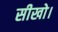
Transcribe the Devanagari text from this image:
सीखो।